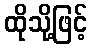
ထိုသို့ဖြင့်